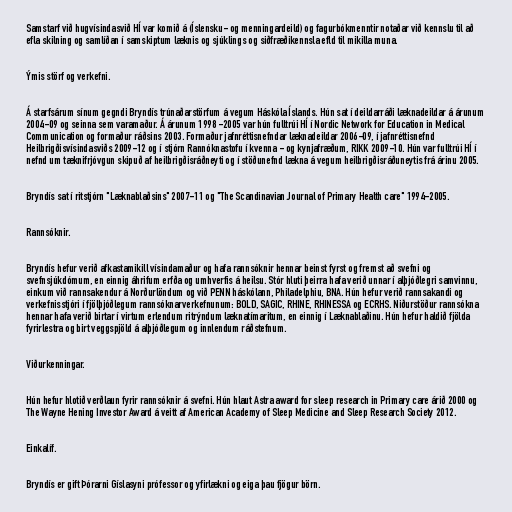
Samstarf við hugvísindasvið HÍ var komið á (Íslensku- og menningardeild) og fagurbókmenntir notaðar við kennslu til að
efla skilning og samlíðan í samskiptum læknis og sjúklings og siðfræðikennsla efld til mikilla muna.

Ýmis störf og verkefni.

Á starfsárum sínum gegndi Bryndís trúnaðarstörfum á vegum Háskóla Íslands. Hún sat í deildarráði læknadeildar á árunum
2004-09 og seinna sem varamaður. Á árunum 1998 -2005 var hún fulltrúi HÍ í Nordic Network for Education in Medical
Communication og formaður ráðsins 2003. Formaður jafnréttisnefndar læknadeildar 2006-09, í jafnréttisnefnd
Heilbrigðisvísindasviðs 2009-12 og í stjórn Rannóknastofu í kvenna - og kynjafræðum, RIKK 2009-10. Hún var fulltrúi HÍ í
nefnd um tæknifrjóvgun skipuð af heilbrigðisráðneyti og í stöðunefnd lækna á vegum heilbrigðisráðuneytis frá árinu 2005.

Bryndís sat í ritstjórn "Læknablaðsins" 2007-11 og "The Scandinavian Journal of Primary Health care" 1994-2005.

Rannsóknir.

Bryndís hefur verið afkastamikill vísindamaður og hafa rannsóknir hennar beinst fyrst og fremst að svefni og
svefnsjúkdómum, en einnig áhrifum erfða og umhverfis á heilsu. Stór hluti þeirra hafa verið unnar í alþjóðlegri samvinnu,
einkum við rannsakendur á Norðurlöndum og við PENN háskólann, Philadelphiu, BNA. Hún hefur verið rannsakandi og
verkefnisstjóri í fjölþjóðlegum rannsóknarverkefnunum: BOLD, SAGIC, RHINE, RHINESSA og ECRHS. Niðurstöður rannsókna
hennar hafa verið birtar í virtum erlendum ritrýndum læknatímaritum, en einnig í Læknablaðinu. Hún hefur haldið fjölda
fyrirlestra og birt veggspjöld á alþjóðlegum og innlendum ráðstefnum.

Viðurkenningar.

Hún hefur hlotið verðlaun fyrir rannsóknir á svefni. Hún hlaut Astra award for sleep research in Primary care árið 2000 og
The Wayne Hening Investor Award á veitt af American Academy of Sleep Medicine and Sleep Research Society 2012.

Einkalíf.

Bryndís er gift Þórarni Gíslasyni prófessor og yfirlækni og eiga þau fjögur börn.